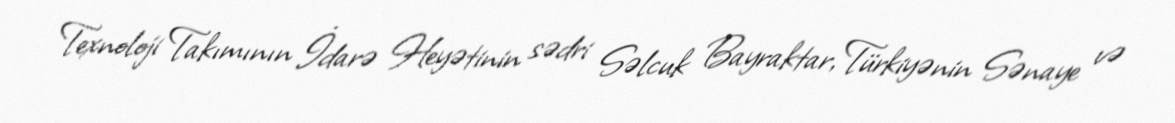
Texnoloji Takımının İdarə Heyətinin sədri Səlcuk Bayraktar, Türkiyənin Sənaye və